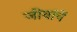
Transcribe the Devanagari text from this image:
जीवांचें